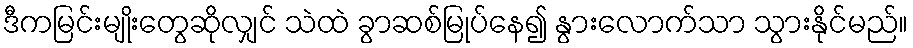
ဒီကမြင်းမျိုးတွေဆိုလျှင် သဲထဲ ခွာဆစ်မြုပ်နေ၍ နွားလောက်သာ သွားနိုင်မည်။